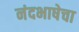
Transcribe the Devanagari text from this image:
नंदभाषेचा